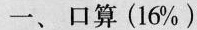
一、口算（16%）